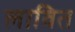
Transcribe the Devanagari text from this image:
लावित